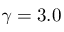
\gamma = 3 . 0